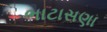
ભાટાસણા